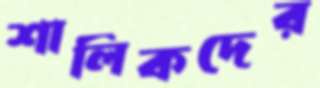
শালিকদের